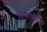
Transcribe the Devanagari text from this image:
गिफार्डला